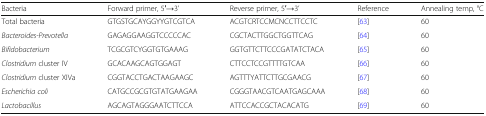
<table><thead><tr><td><b>Bacteria</b></td><td><b>Forward primer, 5′→3’</b></td><td><b>Reverse primer, 5′→3’</b></td><td><b>Reference</b></td><td><b>Annealing temp, °C</b></td></tr></thead><tbody><tr><td>Total bacteria</td><td>GTGSTGCAYGGYYGTCGTCA</td><td>ACGTCRTCCMCNCCTTCCTC</td><td>[63]</td><td>60</td></tr><tr><td><i>Bacteroides-Prevotella</i></td><td>GAGAGGAAGGTCCCCCAC</td><td>CGCTACTTGGCTGGTTCAG</td><td>[64]</td><td>60</td></tr><tr><td><i>Bifidobacterium</i></td><td>TCGCGTCYGGTGTGAAAG</td><td>GGTGTTCTTCCCGATATCTACA</td><td>[65]</td><td>60</td></tr><tr><td><i>Clostridium</i> cluster IV</td><td>GCACAAGCAGTGGAGT</td><td>CTTCCTCCGTTTTGTCAA</td><td>[66]</td><td>60</td></tr><tr><td><i>Clostridium</i> cluster XIVa</td><td>CGGTACCTGACTAAGAAGC</td><td>AGTTTYATTCTTGCGAACG</td><td>[67]</td><td>60</td></tr><tr><td><i>Escherichia coli</i></td><td>CATGCCGCGTGTATGAAGAA</td><td>CGGGTAACGTCAATGAGCAAA</td><td>[68]</td><td>60</td></tr><tr><td><i>Lactobacillus</i></td><td>AGCAGTAGGGAATCTTCCA</td><td>ATTCCACCGCTACACATG</td><td>[69]</td><td>60</td></tr></tbody></table>